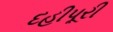
દહીપૂરી